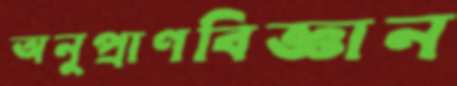
অনুপ্রাণবিজ্ঞান